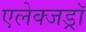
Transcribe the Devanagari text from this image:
एलेक्जड्राॅ